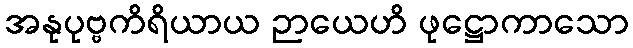
အနုပုဗ္ဗကိရိယာယ ဉာယေဟိ ဖုဋ္ဌောကာသော